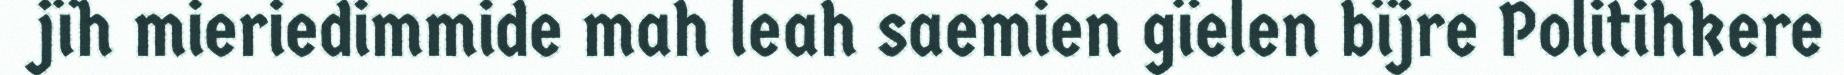
jïh mieriedimmide mah leah saemien gïelen bïjre Politihkere